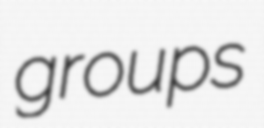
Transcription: groups